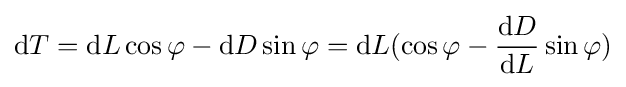
{\mbox{d}}T={\mbox{d}}L\cos \varphi -{\mbox{d}}D\sin \varphi ={\mbox{d}}L(\cos \varphi -{\frac {{\mbox{d}}D}{{\mbox{d}}L}}\sin \varphi )